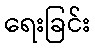
ရေးခြင်း